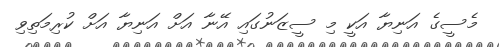
މެސީގެ އަނިޔާ އަކީ މި ސީޒަނުގައި އޭނާ އަށް އަނިޔާ އަށް ކުރިމަތިވި